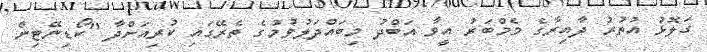
ގަލޮޅު އުތުރު ދާއިރާގެ މެމްބަރު އީވާ އަބްދު މިބައްދަލުވުމުގެ ތެރޭގައި ކުރިއަށްދާ "ކޯޑިނޭޓިން